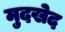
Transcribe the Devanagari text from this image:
मुदखेद